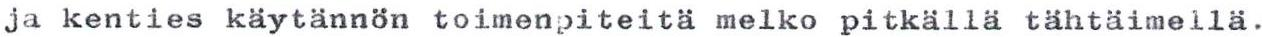
ja kenties käytännön toimenpiteitä melko pitkällä tähtäimellä.